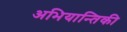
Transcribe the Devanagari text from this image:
अभियान्तिकी